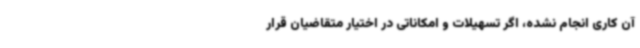
آن کاری انجام نشده، اگر تسهیلات و امکاناتی در اختیار متقاضیان قرار